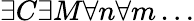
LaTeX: \exists C\exists M\forall n\forall m\dots